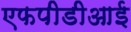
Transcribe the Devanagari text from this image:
एफपीडीआई